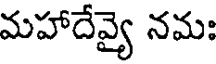
మహాదేవ్యై నమః